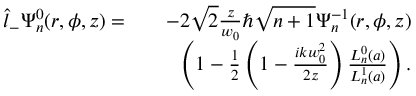
\begin{array} { r l r } { \hat { l } _ { - } \Psi _ { n } ^ { 0 } ( r , \phi , z ) = } & { } & { - 2 \sqrt { 2 } \frac { z } { w _ { 0 } } \hbar \sqrt { n + 1 } \Psi _ { n } ^ { - 1 } ( r , \phi , z ) } \\ & { } & { \left( 1 - \frac { 1 } { 2 } \left( 1 - \frac { i k w _ { 0 } ^ { 2 } } { 2 z } \right) \frac { L _ { n } ^ { 0 } ( a ) } { L _ { n } ^ { 1 } ( a ) } \right) . } \end{array}